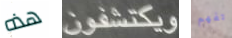
هذه ويكتشفون اتفهم